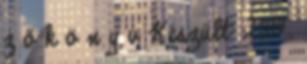
z ő k ö n y v Készült: 2014.